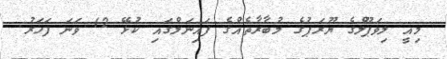
މިއީ ލިވަޕޫލްގެ ޔޫރަޕުގެ މުބާރާތެއްގެ ފައިނަލްގައި ކުޅޭ 12 ވަނަ ފަހަރު.